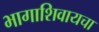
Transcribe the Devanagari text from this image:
भागाशिवायचा